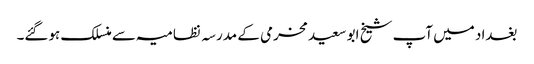
بغداد میں آپ شیخ ابو سعید مخرمی کے مدرسہ نظامیہ سے منسلک ہوگئے۔